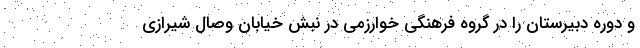
و دوره دبیرستان را در گروه فرهنگی خوارزمی در نبش خیابان وصال شیرازی